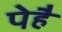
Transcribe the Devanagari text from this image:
पेहै